Report on sanitation, dispensaries, and jails in Rajputana for 1916, and on vaccination for the year 1916-1917 - 1916-1917
Year: 1916
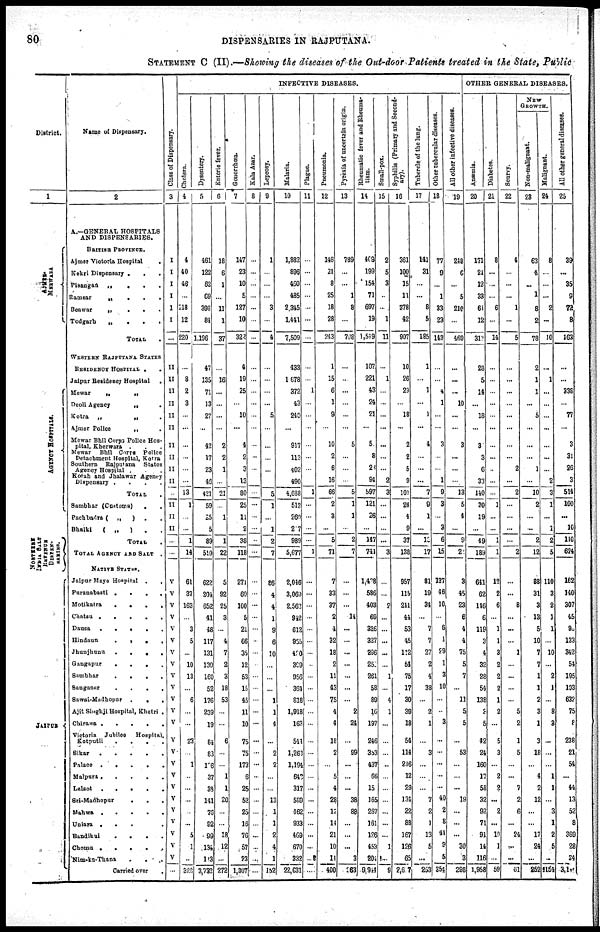
80
DISPENSARIES IN RAJPUTANA.
STATEMENT C (II).—Showing the diseases of the Out-door Patients treated in the State, Public
District.
1
AJMER¬
MERWARA
AGENCY HOSPITALS.
NORTHERN
INDIA SALT
REVENUE
DISPEN¬
SARIES.
JAIPUR
Name of Dispensary.
2
A.—GENERAL HOSPITALS
AND DISPENSARIES.
BRITISH PROVINCE.
Ajmer Victoria Hospital
.
Kekri Dispensary. . .
Pisangan „ . . .
Ramsar
„
.
.
.
Beawar
„
.
.
.
Todgarh
„ . . .
TOTAL .
WESTERN RAJPUTANA STATES
RESIDENCY HOSPITAL . .
Jaipur Residency Hospital.
Mewar
„
„
Deoli Agency
„ .
Kotra
„
„ .
Ajmer Police
„ .
Mewar Bhil Corps Police Hos-
pital, Kherwara . . .
Mewar Bhil Corps Police
Detachment Hospital, Kotra
Southern Rajputana
Stares
Agency Hospital . . .
Kotah and Jhalawar Agency
Dispensary .
.
.
.
TOTAL .
Sambhar (Customs). .
Pachbadra ( „ ) . .
Bhalki
( „
) . .
TOTAL.
TOTAL AGENCY AND SALT .
NATIVE STATES.
Jaipur Mayo Hospital
.
.
Puranabasti
.
.
.
.
Motikatra
.
.
.
.
Chatsu .
.
.
.
.
Dausa
.
.
.
.
.
Hindaun
.
.
.
.
Jhunjhunu
.
.
.
.
Gangapur . . . .
Sambhar
.
.
.
.
Sanganer
.
.
.
.
Sawai-Madhopur
.
.
.
Ajit Singhji Hospital, Khetri .
Chirawa
.
.
.
.
.
Victoria Jubilee Hospital.
Kotputli . . . .
Sikar
.
.
.
.
.
Palace
.
.
.
.
.
Malpura
.
.
.
.
.
Lalsot
.
.
.
.
.
Sri-Madhopur . . .
Mahwa .
.
.
.
.
Uniara .
.
.
.
Bandikui
.
.
.
.
Chomu . . . . . .
Nim-ka-Thana . . .
Carried over
.
INFECTIVE DISEASES.
Class of Dispensary.
3
I
I
I
I
I
I
...
II
II
II
II
II
II
II
II
II
II
...
II
II
II
...
...
V
V
V
V
V
V
V
V
V
V
V
V
V
V
V
V
V
V
V
V
V
V
V
V
...
Cholera.
4
4
40
48
...
118
12
220
...
8
2
3
...
...
...
...
...
...
13
1
...
...
1
14
61
37
163
...
3
5
...
10
13
...
6
...
...
23
...
1
...
...
...
...
...
5
1
...
328
Dysentery.
5
461
122
62
69
398
84
1,196
47
135
71
13
27
...
42
17
23
46
421
59
25
5
89
510
622
204
652
41
48
117
131
139
160
52
176
239
19
84
83
106
37
38
141
76
92
99
134
113
3,733
Enteric fever.
6
18
6
1
...
11
1
37
...
16
...
...
...
...
2
2
1
...
21
...
1
...
1
22
5
92
25
3
...
4
7
2
3
18
53
...
...
6
...
...
1
1
20
...
...
18
12
...
272
Gonorrhœa.
7
147
23
10
5
127
10
322
4
19
25
...
10
...
4
2
3
13
80
25
11
2
38
118
271
60
100
5
21
66
35
12
53
15
45
11
10
75
75
173
6
25
52
25
16
76
57
23
1,307
Kala Azar.
8
...
...
...
...
...
...
...
...
...
...
...
...
...
...
...
...
...
...
...
...
...
...
...
...
...
...
...
...
...
...
...
...
...
...
...
...
...
...
...
...
...
...
...
...
...
...
...
...
Leprosy.
9
1
...
...
...
3
...
4
...
...
...
...
5
...
...
...
...
...
5
1
...
1
2
7
86
4
4
1
9
6
10
...
...
...
1
1
4
...
2
2
...
...
13
1
1
2
4
1
152
Malaria.
10
1,882
896
460
485
2,345
1,441
7,509
433
1,678
372
43
240
...
917
113
402
490
4,688
512
260
217
989
5,677
2,046
3,060
2,562
942
612
955
420
399
956
364
818
1,918
163
544
1,263
1,194
643
317
589
462
933
469
670
332
22,631
Plague.
11
...
...
...
...
...
...
...
...
...
1
...
...
...
...
...
...
...
1
...
...
...
...
1
...
...
...
...
...
...
...
...
...
...
...
...
...
...
...
...
...
...
...
...
...
...
...
...
...
Pneumonia.
12
146
21
8
25
18
28
243
1
15
6
1
9
...
10
2
6
16
66
2
3
...
5
71
7
33
37
2
4
32
18
2
11
43
75
4
4
18
2
...
5
4
28
12
14
21
10
11
400
Pyrexia of uncertain origin.
13
789
...
...
1
8
...
798
...
...
...
...
...
...
5
...
...
...
5
1
1
...
2
7
...
...
...
14
...
...
...
...
...
...
...
2
24
...
99
...
...
...
38
88
...
...
...
3
263
Rheumatic fever and Rheuma-
tism.
14
409
199
154
71
697
19
1,549
107
221
43
24
21
...
5
8
2
94
597
121
26
...
147
744
1,438
586
403
69
326
327
296
255
261
58
89
16
197
246
353
437
66
15
165
267
161
126
453
204
9,944
Small-pox.
15
2
5
3
...
...
1
11
...
1
...
...
...
...
...
...
...
2
3
...
...
...
...
3
...
...
2
...
...
...
...
...
1
...
4
1
...
...
...
...
...
...
...
...
...
...
1
...
9
Syphilis (Primary and Second-
ary).
16
361
100
15
11
378
42
907
10
26
29
...
18
...
2
2
5
9
101
24
4
9
37
138
957
115
241
44
53
45
112
54
75
17
30
39
18
54
114
216
12
29
134
22
83
167
126
65
2,607
Tubercle of the lung.
17
141
31
...
...
8
5
185
1
...
1
...
1
...
4
...
...
...
7
9
1
...
10
17
81
19
34
...
7
7
27
2
4
38
...
2
1
...
3
...
...
...
7
2
1
13
5
...
253
Other tubercular diseases.
18
77
9
...
1
33
23
143
...
...
4
1
...
...
3
...
...
1
9
3
...
3
6
15
137
46
10
...
6
1
29
1
3
10
...
...
3
...
...
...
...
...
40
2
8
44
9
5
354
All other infective diseases.
19
248
6
...
5
210
...
469
...
...
...
10
...
...
3
...
...
...
13
5
4
...
9
2
3
45
23
6
4
4
75
5
7
...
11
5
5
...
53
...
...
...
19
...
...
...
30
3
298
OTHER GENERAL DISEASES.
Anæmia.
20
171
21
12
33
61
12
313
28
5
14
...
18
...
3
3
6
33
140
30
19
...
49
189
641
62
146
6
119
3
4
32
28
54
138
3
5
42
24
160
17
58
32
92
71
91
14
116
1,958
Diabetes.
21
8
...
...
...
6
...
14
...
...
...
...
...
...
...
...
...
...
...
1
...
...
1
1
12
2
6
...
1
1
3
2
2
2
1
2
...
5
3
...
2
2
...
2
...
10
1
...
59
Scurvy.
22
4
...
...
...
1
...
5
...
...
...
...
...
...
...
...
2
...
2
...
...
...
...
2
...
...
8
...
...
...
1
...
...
...
...
5
2
1
5
...
...
7
2
6
...
24
...
...
61
NEW
GROWTH.
Non-malignant.
23
63
4
...
1
8
2
78
2
1
1
...
5
...
...
...
1
...
10
2
...
...
2
12
88
31
3
13
5
10
7
7
1
1
2
3
1
3
18
...
4
2
12
...
...
17
24
...
252
Malignant.
24
8
...
...
...
2
...
10
...
1
...
...
...
...
...
...
...
2
3
1
...
1
2
5
110
3
2
1
1
...
10
...
2
1
...
8
3
...
...
...
1
1
...
3
1
2
5
...
1154
All other general diseases.
25
39
...
35
9
72
8
163
...
...
338
...
77
...
3
31
26
3
514
100
...
10
110
624
162
140
307
45
92
133
342
54
195
103
632
75
8
238
21
54
...
44
13
52
8
369
28
34
3,140